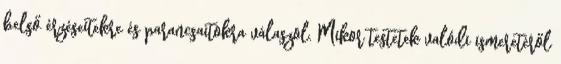
belső érzéseitekre és parancsaitokra válaszol. Mikor testetek valódi ismeretéről